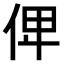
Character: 𠈷